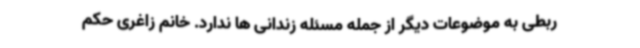
ربطی به موضوعات دیگر از جمله مسئله زندانی ها ندارد. خانم زاغری حکم